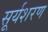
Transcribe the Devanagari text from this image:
सूर्यशरण